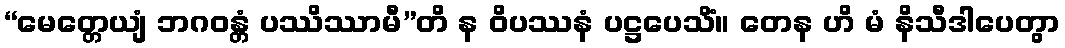
“မေတ္တေယျံ ဘဂဝန္တံ ပဿိဿာမီ”တိ န ဝိပဿနံ ပဋ္ဌပေသိံ။ တေန ဟိ မံ နိသီဒါပေတွာ